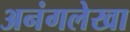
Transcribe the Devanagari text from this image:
अनंगलेखा